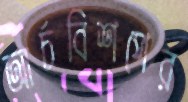
আর্চবিশপের